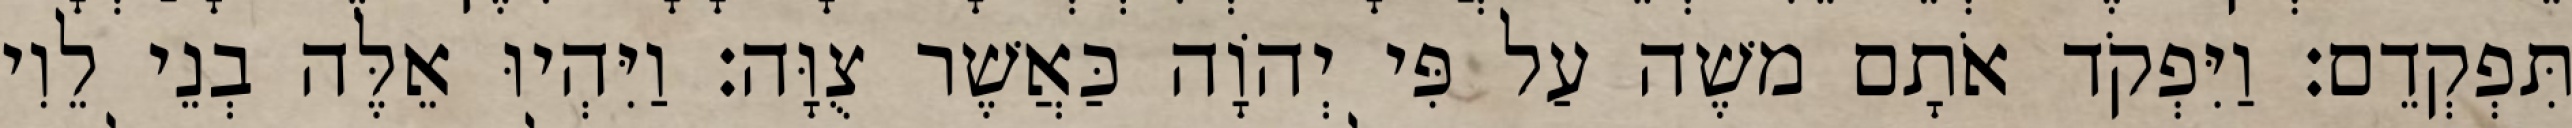
תִּפְקְדֵם׃ וַיִּפְקֹד אֹתָם משֶׁה עַל פִּי יְהוָֹה כַּאֲשֶׁר צֻוָּה׃ וַיִּהְיוּ אֵלֶּה בְנֵי לֵוִי